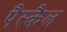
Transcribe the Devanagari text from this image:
पैस्कैल